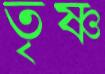
তৃষ্ণ